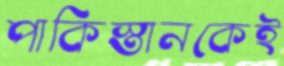
পাকিস্তানকেই